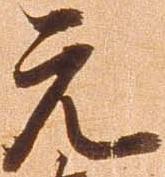
元